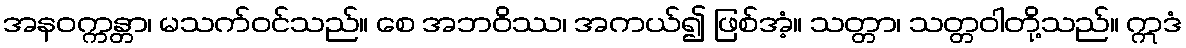
အနဝက္ကန္တာ၊ မသက်ဝင်သည်။ စေ အဘဝိဿ၊ အကယ်၍ ဖြစ်အံ့။ သတ္တာ၊ သတ္တဝါတို့သည်။ ဣဒံ